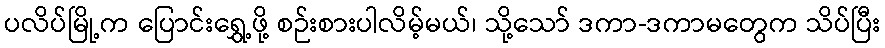
ပလိပ်မြို့က ပြောင်းရွှေ့ဖို့ စဉ်းစားပါလိမ့်မယ်၊ သို့သော် ဒကာ-ဒကာမတွေက သိပ်ပြီး